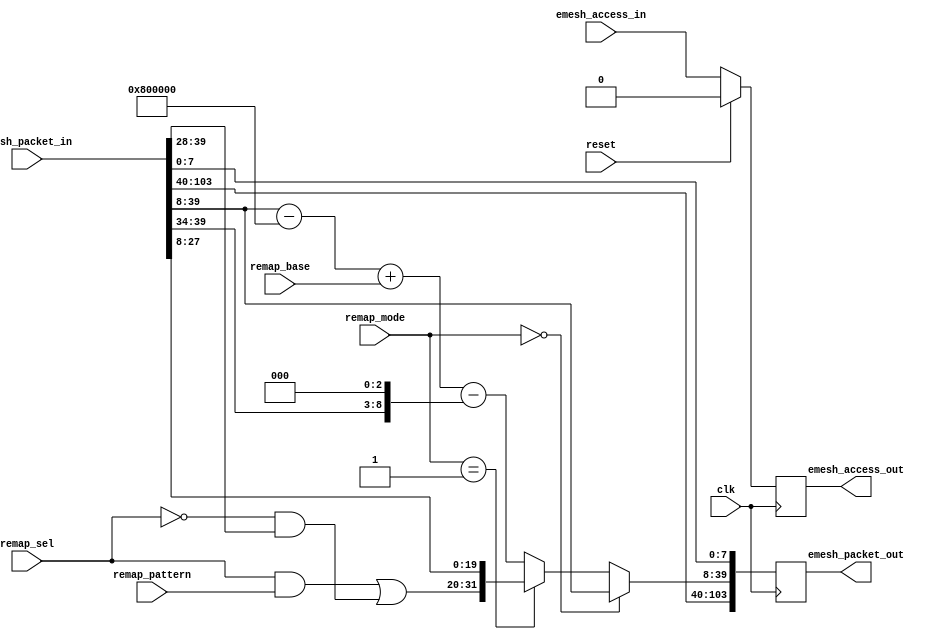
module erx_remap (
   emesh_access_out, emesh_packet_out,
   clk, reset, emesh_access_in, emesh_packet_in, remap_mode,
   remap_sel, remap_pattern, remap_base
   );
   parameter AW = 32;
   parameter DW = 32;
   parameter PW = 104;
   parameter ID = 12'h808;
   input clk;
   input reset;
   input          emesh_access_in;
   input [PW-1:0] emesh_packet_in;
   input [1:0] 	  remap_mode;    
   input [11:0]   remap_sel;     
   input [11:0]   remap_pattern; 
   input [31:0]   remap_base;    
   output 	   emesh_access_out;
   output [PW-1:0] emesh_packet_out;
   wire [31:0] 	   static_remap;
   wire [31:0] 	   dynamic_remap;
   wire [31:0] 	   remap_mux;
   wire 	   write_in;
   wire 	   read_in;
   wire [31:0] 	   addr_in;
   wire [31:0] 	   addr_out;
   wire 	   remap_en;
   reg 		   emesh_access_out;
   reg [PW-1:0]    emesh_packet_out;
   parameter[5:0]  colid = ID[5:0];
   assign addr_in[31:0]  =  emesh_packet_in[39:8];
   assign write_in       =  emesh_packet_in[1];
   assign read_in        =  ~emesh_packet_in[1];
   assign static_remap[31:20] = (remap_sel[11:0] & remap_pattern[11:0]) |
			        (~remap_sel[11:0] & addr_in[31:20]);
   assign static_remap[19:0]  = addr_in[19:0];
   assign dynamic_remap[31:0] = addr_in[31:0]    
			     - (colid << 20)     
			     + remap_base[31:0]  
                             - (addr_in[31:26]<<$clog2(colid));
   assign remap_mux[31:0]  = (remap_mode[1:0]==2'b00) ? addr_in[31:0] :
			     (remap_mode[1:0]==2'b01) ? static_remap[31:0] :
	  		                                dynamic_remap[31:0];
   always @ (posedge clk)
     if (reset)
       emesh_access_out         <= 1'b0;
     else
       emesh_access_out         <= emesh_access_in;
   always @ (posedge clk)    
       emesh_packet_out[PW-1:0] <= {emesh_packet_in[103:40],
                                    remap_mux[31:0],
                                    emesh_packet_in[7:0]
				    };
endmodule